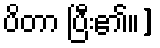
ပိတာ ပြီး၏။]